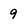
Character: 9